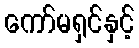
ကော်မရှင်နှင့်